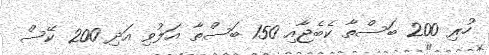
ހުރި 200 ބަސްތާ ކެބެޖާއި 150 ބަސްތާ އަލުވި އަދި 200 ކޭސް